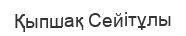
Қыпшақ Сейітұлы